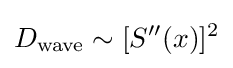
D_{\text{wave}}\sim [S''(x)]^{2}